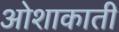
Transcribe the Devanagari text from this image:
ओशाकाती